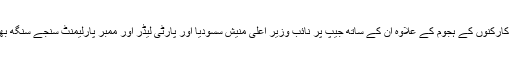
اس کے کارکنوں کے ہجوم کے علاوہ ان کے ساتھ جیپ پر نائب وزیر اعلی منیش سسودیا اور پارٹی لیڈر اور ممبر پارلیمنٹ سنجے سنگھ بھی تھے۔